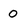
Character: 0